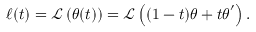
\ell ( t ) = \mathcal { L } \left( \boldsymbol \theta ( t ) \right) = \mathcal { L } \left( ( 1 - t ) \boldsymbol \theta + t \boldsymbol \theta ^ { \prime } \right) .